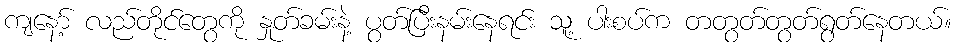
ကျနော့် လည်တိုင်တွေကို နှုတ်ခမ်းနဲ့ ပွတ်ပြီးနမ်းနေရင်း သူ့ ပါးစပ်က တတွတ်တွတ်ရွတ်နေတယ်။